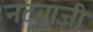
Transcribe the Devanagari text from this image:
नटबाजी